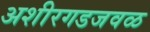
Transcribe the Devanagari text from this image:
अशीरगडजवळ